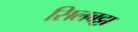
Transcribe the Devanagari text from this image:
सिलबट्टा